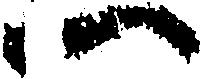
一